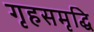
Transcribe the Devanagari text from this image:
गृहसमृद्धि